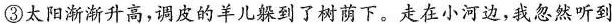
③太阳渐渐升高，调皮的羊儿躲到了树荫下。走在小河边，我忽然听到